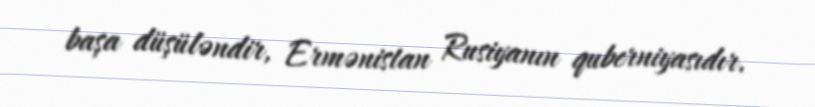
başa düşüləndir, Ermənistan Rusiyanın quberniyasıdır.